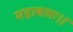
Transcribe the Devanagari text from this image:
महाबलः।।